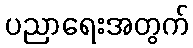
ပညာရေးအတွက်